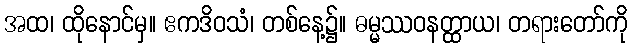
အထ၊ ထိုနောင်မှ။ ဧကဒိဝသံ၊ တစ်နေ့၌။ ဓမ္မဿဝနတ္ထာယ၊ တရားတော်ကို